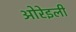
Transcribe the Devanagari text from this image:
ओरेइली